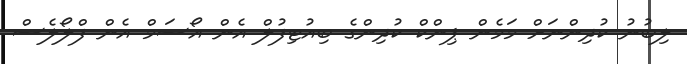
ލިބުނު ކުދިންނަށް މަމެން ޕިންކް ކުދިންގެ ބިއުޓިފުލް އެން އޯސަމް އެން ފްލޯލެސް